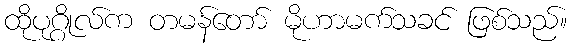
ထိုပုဂ္ဂိုလ်က တမန်တော် မိုဟာမက်သခင် ဖြစ်သည်။